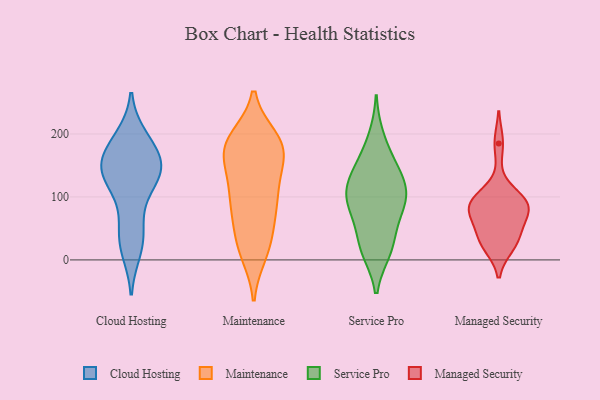
{"axis": {"x": "Backlog", "y": "Value"}, "legend": ["Cloud Hosting", "Maintenance", "Managed Security", "Service Pro"], "data": [{"x": "", "y": 15, "type": "Cloud Hosting"}, {"x": "", "y": 122, "type": "Cloud Hosting"}, {"x": "", "y": 181, "type": "Cloud Hosting"}, {"x": "", "y": 193, "type": "Cloud Hosting"}, {"x": "", "y": 166, "type": "Cloud Hosting"}, {"x": "", "y": 195, "type": "Cloud Hosting"}, {"x": "", "y": 40, "type": "Cloud Hosting"}, {"x": "", "y": 90, "type": "Cloud Hosting"}, {"x": "", "y": 138, "type": "Cloud Hosting"}, {"x": "", "y": 145, "type": "Cloud Hosting"}, {"x": "", "y": 21, "type": "Cloud Hosting"}, {"x": "", "y": 51, "type": "Cloud Hosting"}, {"x": "", "y": 130, "type": "Cloud Hosting"}, {"x": "", "y": 161, "type": "Cloud Hosting"}, {"x": "", "y": 140, "type": "Cloud Hosting"}, {"x": "", "y": 138, "type": "Cloud Hosting"}, {"x": "", "y": 152, "type": "Cloud Hosting"}, {"x": "", "y": 193, "type": "Maintenance"}, {"x": "", "y": 34, "type": "Maintenance"}, {"x": "", "y": 171, "type": "Maintenance"}, {"x": "", "y": 177, "type": "Maintenance"}, {"x": "", "y": 94, "type": "Maintenance"}, {"x": "", "y": 187, "type": "Maintenance"}, {"x": "", "y": 185, "type": "Maintenance"}, {"x": "", "y": 114, "type": "Maintenance"}, {"x": "", "y": 74, "type": "Maintenance"}, {"x": "", "y": 174, "type": "Maintenance"}, {"x": "", "y": 137, "type": "Maintenance"}, {"x": "", "y": 168, "type": "Maintenance"}, {"x": "", "y": 100, "type": "Maintenance"}, {"x": "", "y": 29, "type": "Maintenance"}, {"x": "", "y": 10, "type": "Maintenance"}, {"x": "", "y": 12, "type": "Maintenance"}, {"x": "", "y": 64, "type": "Maintenance"}, {"x": "", "y": 192, "type": "Maintenance"}, {"x": "", "y": 141, "type": "Maintenance"}, {"x": "", "y": 93, "type": "Maintenance"}, {"x": "", "y": 150, "type": "Service Pro"}, {"x": "", "y": 95, "type": "Service Pro"}, {"x": "", "y": 134, "type": "Service Pro"}, {"x": "", "y": 115, "type": "Service Pro"}, {"x": "", "y": 55, "type": "Service Pro"}, {"x": "", "y": 19, "type": "Service Pro"}, {"x": "", "y": 153, "type": "Service Pro"}, {"x": "", "y": 109, "type": "Service Pro"}, {"x": "", "y": 94, "type": "Service Pro"}, {"x": "", "y": 194, "type": "Service Pro"}, {"x": "", "y": 78, "type": "Service Pro"}, {"x": "", "y": 99, "type": "Service Pro"}, {"x": "", "y": 21, "type": "Service Pro"}, {"x": "", "y": 15, "type": "Service Pro"}, {"x": "", "y": 28, "type": "Managed Security"}, {"x": "", "y": 96, "type": "Managed Security"}, {"x": "", "y": 34, "type": "Managed Security"}, {"x": "", "y": 84, "type": "Managed Security"}, {"x": "", "y": 185, "type": "Managed Security"}, {"x": "", "y": 23, "type": "Managed Security"}, {"x": "", "y": 79, "type": "Managed Security"}, {"x": "", "y": 85, "type": "Managed Security"}, {"x": "", "y": 72, "type": "Managed Security"}, {"x": "", "y": 40, "type": "Managed Security"}, {"x": "", "y": 85, "type": "Managed Security"}, {"x": "", "y": 100, "type": "Managed Security"}]}